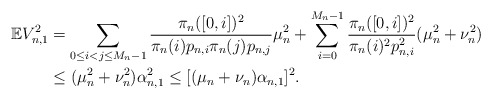
\begin{align*} \mathbb{E}V_{n,1}^2&=\sum_{0\le i<j\le M_n-1}\frac{\pi_n([0,i])^2}{\pi_n(i)p_{n,i}\pi_n(j)p_{n,j}}\mu_n^2 +\sum_{i=0}^{M_n-1}\frac{\pi_n([0,i])^2}{\pi_n(i)^2p_{n,i}^2}(\mu_n^2+\nu_n^2)\\ &\le (\mu_n^2+\nu_n^2)\alpha_{n,1}^2\le[(\mu_n+\nu_n)\alpha_{n,1}]^2.\end{align*}